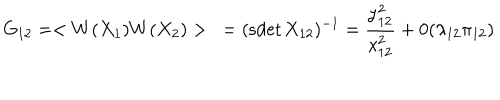
G _ { 1 2 } = < W ( X _ { 1 } ) W ( X _ { 2 } ) > \ = ( \mathrm { s d e t } \, X _ { 1 2 } ) ^ { - 1 } = { \frac { y _ { 1 2 } ^ { 2 } } { x _ { 1 2 } ^ { 2 } } } + 0 ( \lambda _ { 1 2 } \pi _ { 1 2 } )